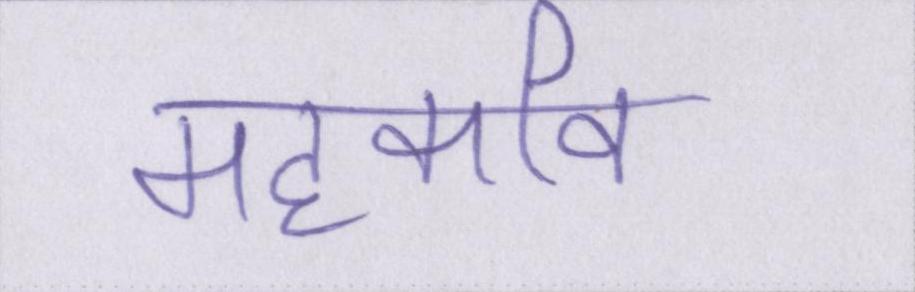
महाकवि